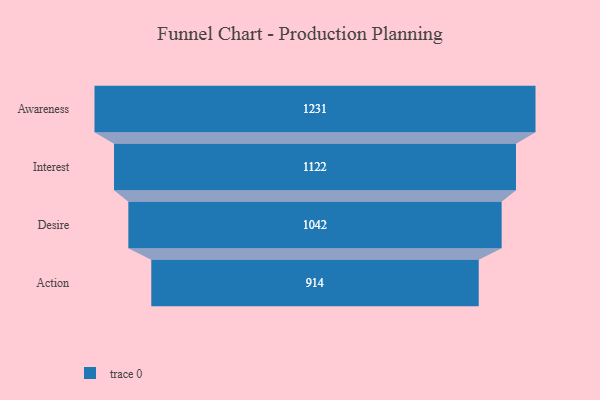
{"axis": {"x": "Stage", "y": "Value"}, "legend": [""], "data": [{"x": "Awareness", "y": 1231.0, "type": ""}, {"x": "Interest", "y": 1122.0, "type": ""}, {"x": "Desire", "y": 1042.0, "type": ""}, {"x": "Action", "y": 914.0, "type": ""}]}